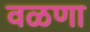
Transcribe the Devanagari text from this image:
वळणा